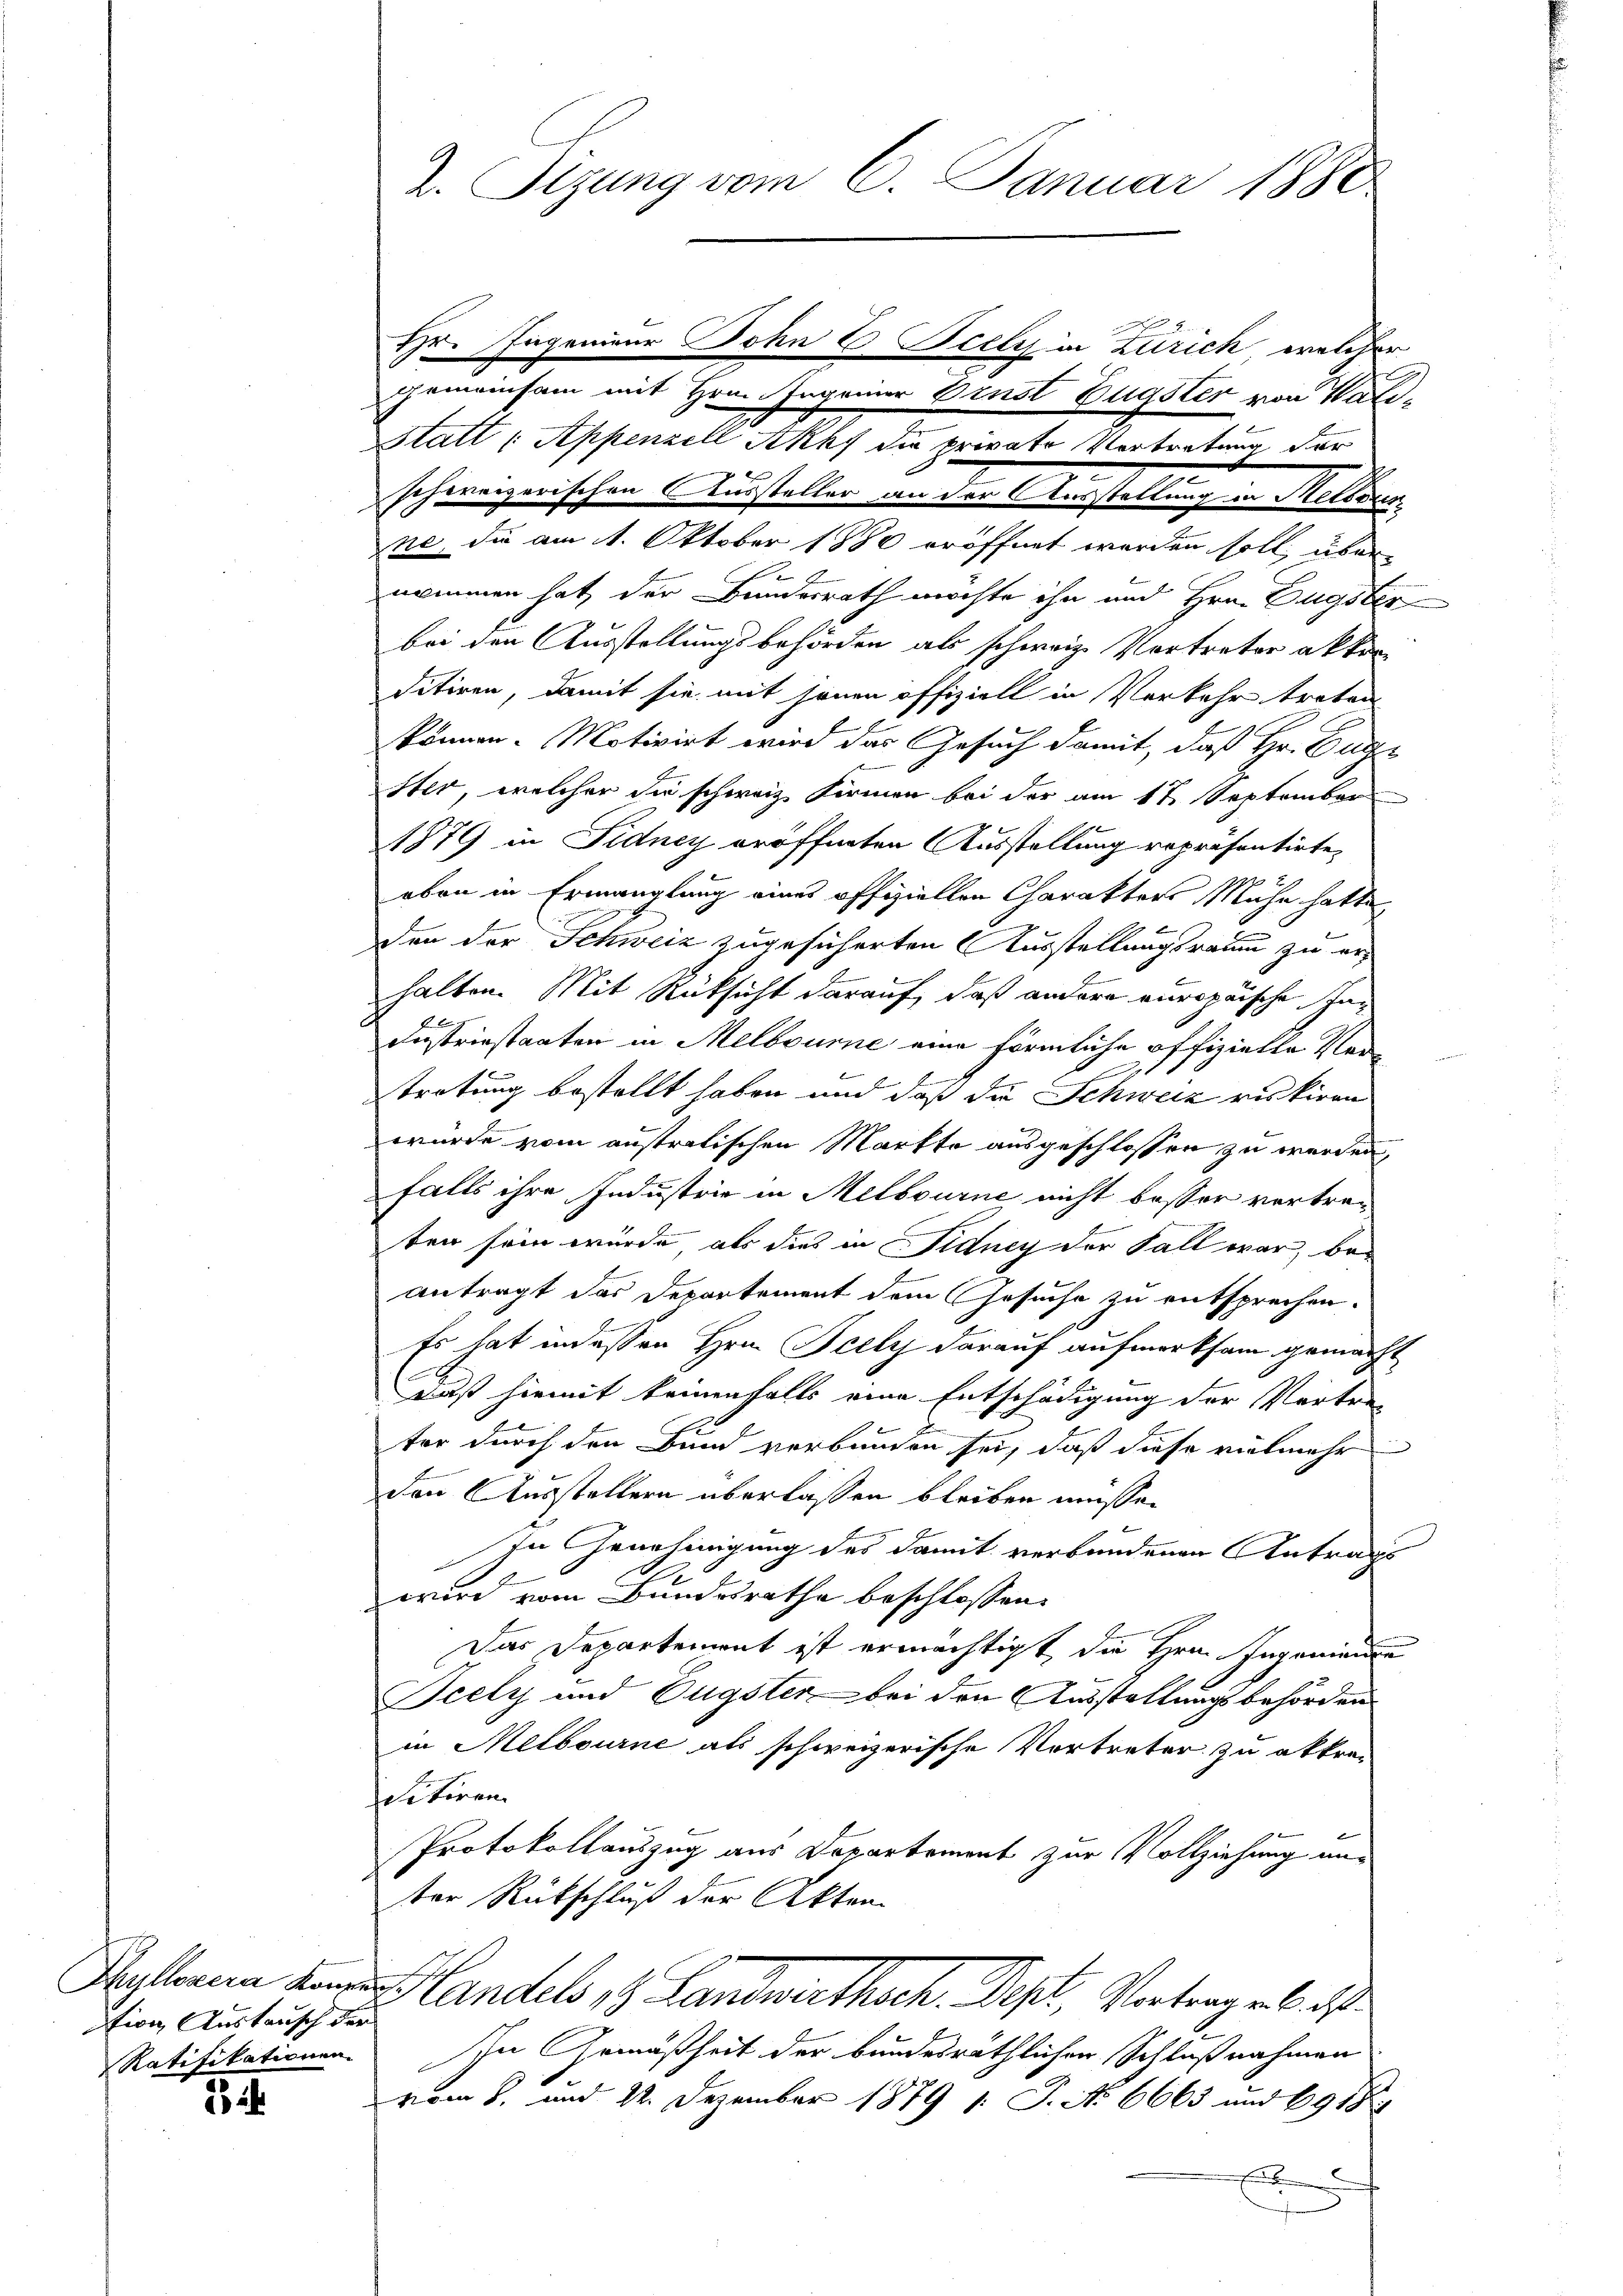
tion Austausch der
Ratifikationen.

23 24.

2. Sizung vom 6. Januar 1880

Ehr. Ingenieur Sohn C Scely in Zürich, welcher
gemeinsam mit Hrn. Ingenier Brust Eugster von Wali¬
SStatt (Appenzell Auf die private Vortretung der
schweizerischen Aussteller an der Ausstellung in Melliren
ne, die am 1. Oktober 1880 eröffnet worden soll, übernommen hat, der Bundesrath möchte ihn und Hrn. Eugster
bei den Ausstellungsbehörden als schweiz. Vortreter akkor
ditiren, damit sie mit jenen offiziell in Verkehr treten
können. Motivirt wird das Gesuch damit, daß Hr. Euge
ster, welcher die schweiz Firmen bei der am 17. September
1879 in Fidney eröffneten Ausstellung repräsentirte,
eben in Ermanglung eines offiziellen Charakters Mühe hatte
den der Schweiz zugesicherten Ausstellungsraum zu erhalten. Mit Rücksicht darauf, daß andere europäische Industriestaaten in Melbourne eine förmliche offizielle Vertretung bestellt haben und daß die Schweiz riskiren
würde vom austratischen Markte ausgeschlossen zu werden,
falls ihre Industrie in Melbourne nicht besser vertraten sein würde, als dies in Fidney der Fall war, beantragt das Departement dem Gesuche zu entsprechen.
Es hat in dessen Hrn. Felly darauf aufmerksam gemacht
Daß hiemit keinenfalls eine Entschädigung der Vertreter durch den Bund verbunden sei, daß diese vielmehr
den Ausstellern überlassen bleiben müsse.
In Genehmigung des damit verbundenen Antrags
wird vom Bundesrathe beschlossen:
Das Departement ist ermächtigt die Herr Ingenieu
Feely und Eugster bei den Ausstellungsbehörden
in Melbourne als schweizerische Vertreter zu akkran
Sitiren.
Protokollauszug aus Departement zur Vollziehung unter Rückschluß der Akten
Helenen den Handels, 9. Landwirthsch. Dept, Vortrag als ist.
In Gemäßheit der bundesräthlichen Schlußnahmen
vom 8. und 22. Dezember 1879 /: J. No 6663 und 6918